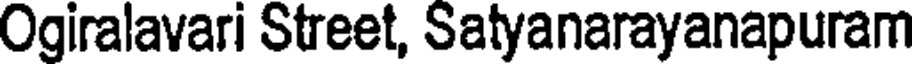
Ogiralavari Street, Satyanarayanapuram